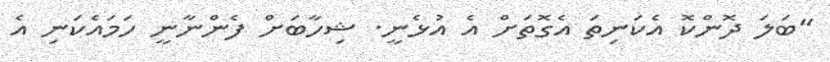
"ބަލަ ދޮންކޮ އެކަނިތަ އެގޮތަށް އެ އުޅެނީ. ޝިހާބަށް ފެންނާނީ ހަމައެކަނި އެ